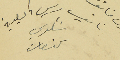
نائب رئيس البلدية شكري كنعان